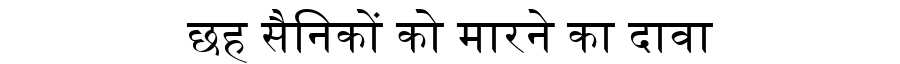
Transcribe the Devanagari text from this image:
छह सैनिकों को मारने का दावा